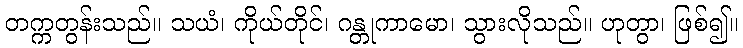
တက္ကတွန်းသည်။ သယံ၊ ကိုယ်တိုင်၊ ဂန္တုကာမော၊ သွားလိုသည်။ ဟုတွာ၊ ဖြစ်၍။